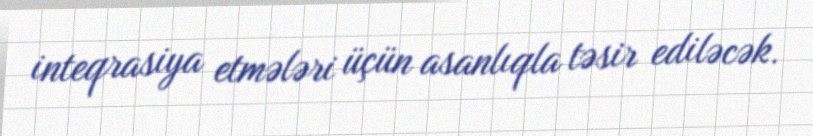
inteqrasiya etmələri üçün asanlıqla təsir ediləcək.